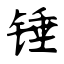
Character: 锤